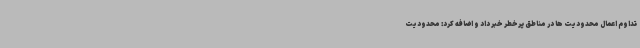
تداوم اعمال محدودیت ها در مناطق پرخطر خبر داد و اضافه کرد: محدودیت